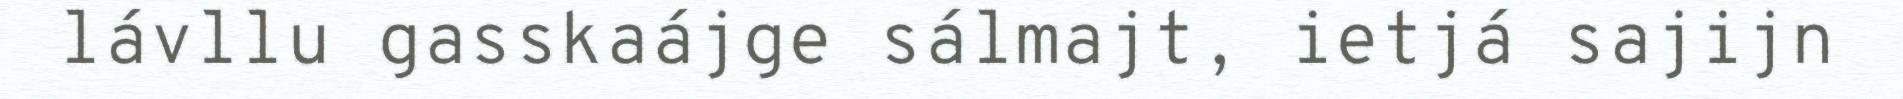
lávllu gasskaájge sálmajt, ietjá sajijn